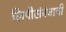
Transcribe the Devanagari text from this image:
लिपीसंबंधाची